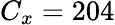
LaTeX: C_{x}=204